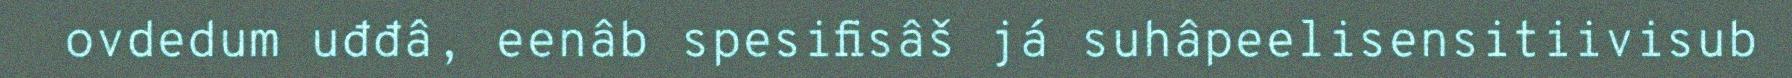
ovdedum uđđâ, eenâb spesifisâš já suhâpeelisensitiivisub